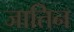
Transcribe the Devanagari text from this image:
जातिन